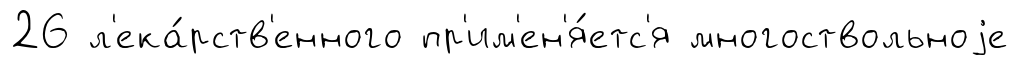
26 л'ека́рств'енного пр'им'ен'я́етс'я многоствольноjе